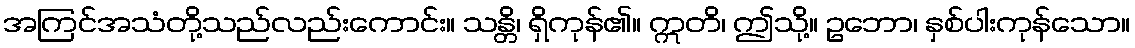
အကြင်အသံတို့သည်လည်းကောင်း။ သန္တိ၊ ရှိကုန်၏။ ဣတိ၊ ဤသို့။ ဥဘော၊ နှစ်ပါးကုန်သော။